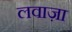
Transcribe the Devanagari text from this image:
लवाज़ा